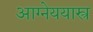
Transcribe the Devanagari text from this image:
आग्नेययास्त्र